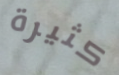
كثيرة